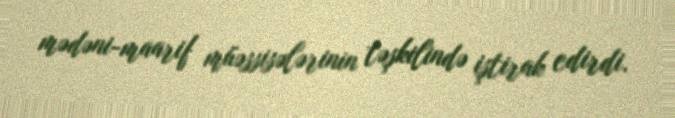
mədəni-maarif müəssisələrinin təşkilində iştirak edirdi.